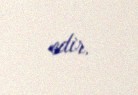
edir.